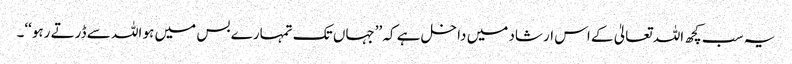
یہ سب کچھ اللہ تعالیٰ کے اس ارشاد میں داخل ہے کہ ’’جہاں تک تمہارے بس میں ہو اللہ سے ڈرتے رہو‘‘۔